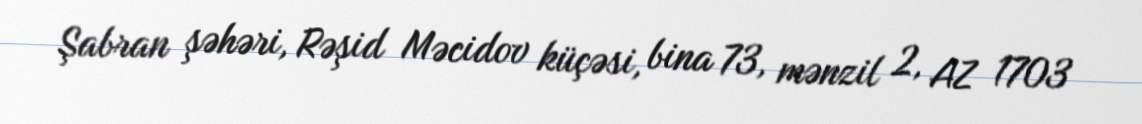
Şabran şəhəri, Rəşid Məcidov küçəsi, bina 73, mənzil 2, AZ 1703